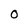
Character: 0